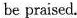
be praised.